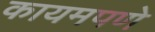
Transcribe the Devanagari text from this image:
कायमपणे